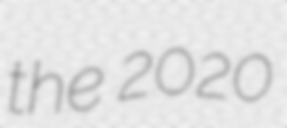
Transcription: the 2020